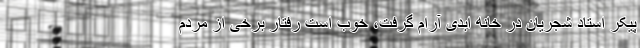
پیکر استاد شجریان در خانه ابدی آرام گرفت، خوب است رفتار برخی از مردم